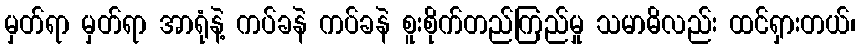
မှတ်ရာ မှတ်ရာ အာရုံနဲ့ ကပ်ခနဲ ကပ်ခနဲ စူးစိုက်တည်ကြည်မှု သမာဓိလည်း ထင်ရှားတယ်၊